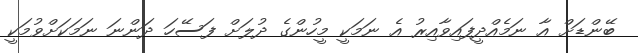
ބޭންޑަށް އާ ނަމެއްދީފައިވާއިރު އެ ނަމަކީ މީހުންގެ ދުލަށް ފަސޭހަ ދަންނަ ނަމަކަށްވުމަކީ